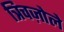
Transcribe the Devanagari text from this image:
त्रिचज़ोले